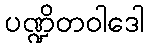
ပဏ္ဍိတဝါဒေါ